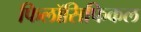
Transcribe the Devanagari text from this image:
फिलॉसिफिकल